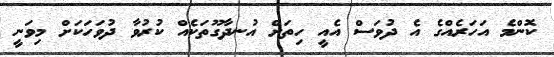
ކޮންމެ އަހަރެއްގެ އެ ދުވަސް އެއީ ހިތަށް އުނދާގޫތަކެއް ކުރުވާ ދުވަހަކަށް މިވަނީ